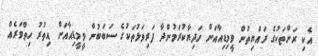
އެކި ރަށްތަކުގެ ރައްޔިތުން ވީމިޑިއާއަށް ހަދިޔާކުރަމުންދާ ފަރިވަޅުތަކުގެ ސަބަބުން ވީމީޑިއާއަށް އިތުރު ހިތްވަރެއް